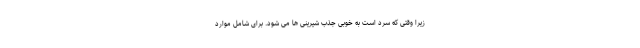
زیرا وقتی که سرد است به خوبی جذب شیرینی ها می شود. برای شامل موارد